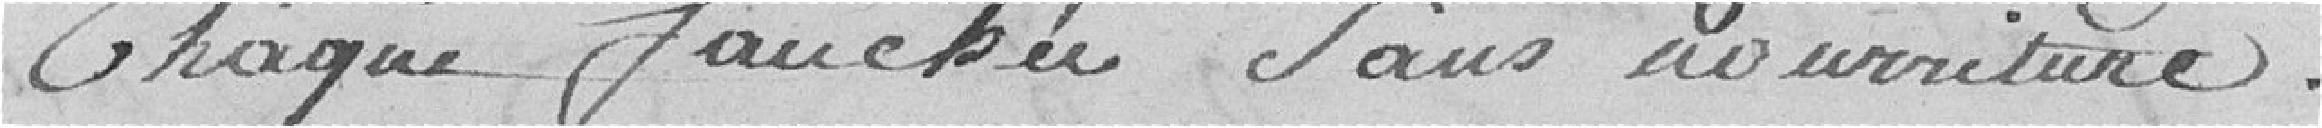
chaque fauchée sans nourriture.